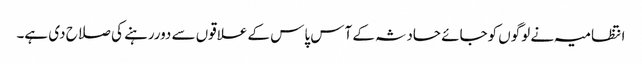
انتظامیہ نے لوگوں کوجائے حادثہ کے آس پاس کے علاقوں سے دوررہنے کی صلاح دی ہے۔